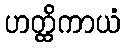
ဟတ္ထိကာယံ